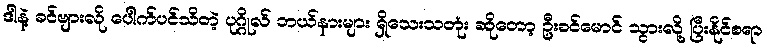
ဒါနဲ့ ခင်ဗျားလို ပေါက်ပင်သိတဲ့ ပုဂ္ဂိုလ် ဘယ်နားများ ရှိသေးသတုံး ဆိုတော့ ဦးခင်မောင် သွားလို့ ပြီးနိုင်စရာ